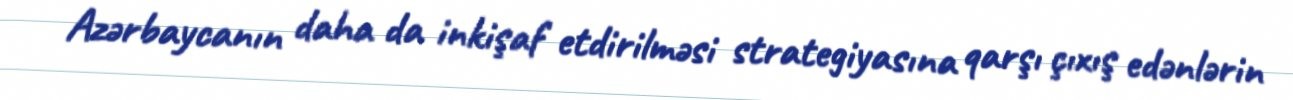
Azərbaycanın daha da inkişaf etdirilməsi strategiyasına qarşı çıxış edənlərin